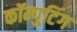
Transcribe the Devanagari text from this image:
कॉम्पुटिंग